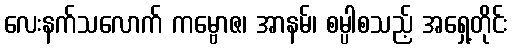
လေးနက်သလောက် ကမ္ဗောဇ၊ အာနမ်၊ စမ္ပါစသည့် အရှေ့တိုင်း